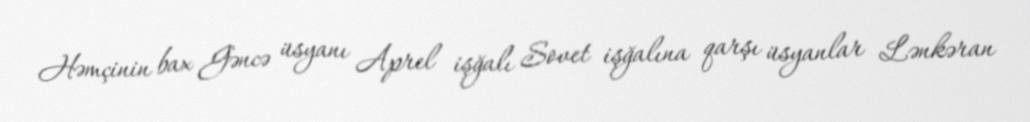
Həmçinin bax Gəncə üsyanı Aprel işğalı Sovet işğalına qarşı üsyanlar Lənkəran